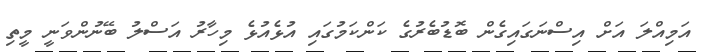
އަމިއްލަ އަށް އިސްނަގައިގެން ބޮޑުބެރުގެ ކަންކަމުގައި އުޅެއުޅެ މިހާރު އަސްލު ބޭނުންވަނީ މީތި